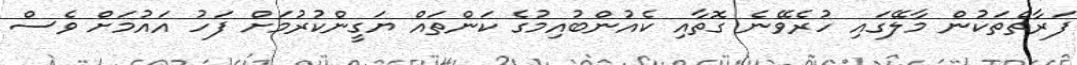
ފަރާތްތަކުން މާލޭގައި ހުރެވޭނެ ގޮތާއި ކެއުންބުއިމުގެ ކަންތައް ޔަގީންކުރުމަށް ފަހު އައުމަށް ވެސް